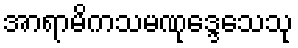
အာရာမိကသမဏုဒ္ဒေသေသု